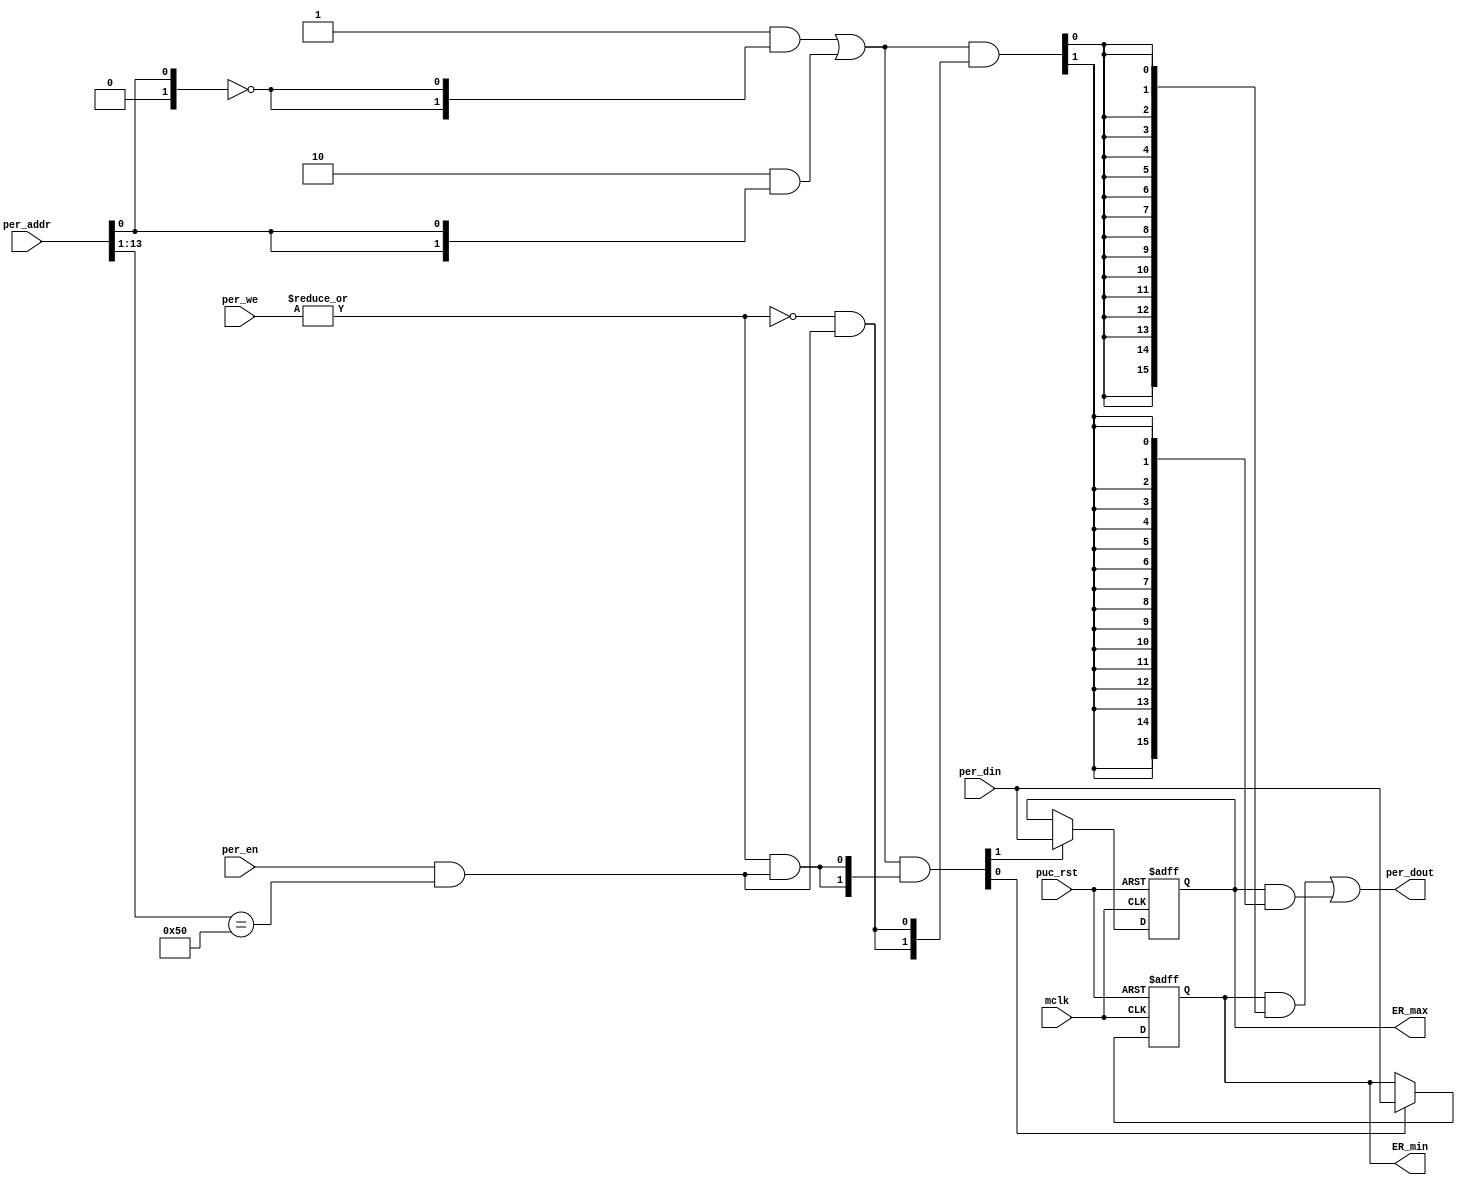

module  VERSA_metadata (

// OUTPUTs
    per_dout,                       // Peripheral data output
    ER_min,                          // VERSA ER_min
    ER_max,                          // VERSA ER_max

// INPUTs
    mclk,                           // Main system clock
    per_addr,                       // Peripheral address
    per_din,                        // Peripheral data input
    per_en,                         // Peripheral enable (high active)
    per_we,                         // Peripheral write enable (high active)
    puc_rst                         // Main system reset
);

// OUTPUTs
output      [15:0] per_dout;        // Peripheral data output
output      [15:0] ER_min;          // VERSA ER_min
output      [15:0] ER_max;          // VERSA ER_max

// INPUTs
input              mclk;            // Main system clock
input       [13:0] per_addr;        // Peripheral address
input       [15:0] per_din;         // Peripheral data input
input              per_en;          // Peripheral enable (high active)
input        [1:0] per_we;          // Peripheral write enable (high active)
input              puc_rst;         // Main system reset


//=============================================================================
// 1)  PARAMETER DECLARATION
//=============================================================================

// VERSA's metadta consists of
//  - 16 bits of ER_min
//  - 16 bits of ER_max


// Register base address (must be aligned to decoder bit width)
parameter       [14:0] BASE_ADDR   = 15'h0140;

                                                         
// Decoder bit width (defines how many bits are considered)
parameter              DEC_WD      =  2;                 // TODO:
                                                         
// Register addresses offset                             
parameter [DEC_WD-1:0] ERMIN      =  'h0,               
                       ERMAX      =  'h1;            
                                                         
                                                         
// Register one-hot decoder utilities                    
parameter              DEC_SZ      =  (1 << DEC_WD);        
parameter [DEC_SZ-1:0] BASE_REG   =  {{DEC_SZ-1{1'b0}}, 1'b1};
                                                         
// Register one-hot decoder                              
parameter [DEC_SZ-1:0] ERMIN_D  = (BASE_REG << ERMIN), 
                       ERMAX_D  = (BASE_REG << ERMAX);
                       
//============================================================================
// 2)  REGISTER DECODER
//============================================================================

// Local register selection
wire              reg_sel      =  per_en & (per_addr[13:DEC_WD-1]==BASE_ADDR[14:DEC_WD]);

// Register local address
wire [DEC_WD-1:0] reg_addr     =  {1'b0, per_addr[DEC_WD-2:0]};

// Register address decode
wire [DEC_SZ-1:0] reg_dec      = (ERMIN_D  &  {DEC_SZ{(reg_addr==ERMIN)}}) |
                                 (ERMAX_D  &  {DEC_SZ{(reg_addr==ERMAX)}});
                                 

// Read/Write probes
wire              reg_write =  |per_we & reg_sel;
wire              reg_read  = ~|per_we & reg_sel;

// Read/Write vectors
wire [DEC_SZ-1:0] reg_wr    = reg_dec & {512{reg_write}};
wire [DEC_SZ-1:0] reg_rd    = reg_dec & {512{reg_read}};


//============================================================================
// 3) REGISTERS
//============================================================================

// ER_min Register
//-----------------
reg  [15:0] ermin;

wire       ermin_wr  = reg_wr[ERMIN];
wire [15:0] ermin_nxt = per_din;

always @ (posedge mclk or posedge puc_rst)
  if (puc_rst)        ermin <=  16'hE07A;
  else if (ermin_wr)  ermin <=  ermin_nxt;
  
// ER_max Register
//-----------------
reg  [15:0] ermax;

wire       ermax_wr  = reg_wr[ERMAX];
wire [15:0] ermax_nxt = per_din;

always @ (posedge mclk or posedge puc_rst)
if (puc_rst)        ermax <=  16'hF000;
else if (ermax_wr) ermax <=  ermax_nxt;


//============================================================================
// 4) DATA OUTPUT GENERATION
//============================================================================

// Data output mux
wire [15:0] ermin_rd     = ermin             & {16{reg_rd[ERMIN]}};
wire [15:0] ermax_rd     = ermax             & {16{reg_rd[ERMAX]}};

wire [15:0] per_dout  =  ermin_rd  |
                         ermax_rd;
                         
wire [15:0] ER_min = ermin;
wire [15:0] ER_max = ermax;

endmodule